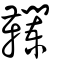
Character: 韊